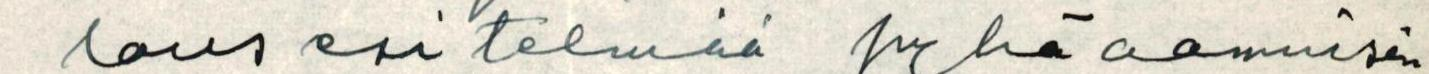
lousesitelmiä pyhäaamuisin